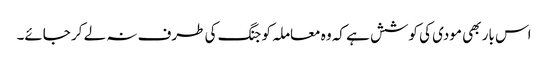
اس بار بھی مودی کی کوشش ہے کہ وہ معاملہ کو جنگ کی طرف نہ لے کر جائے۔